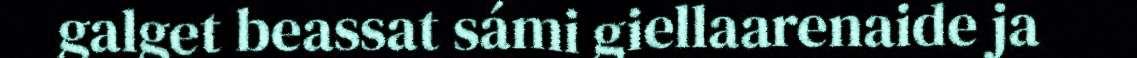
galget beassat sámi giellaarenaide ja